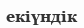
екіүндік